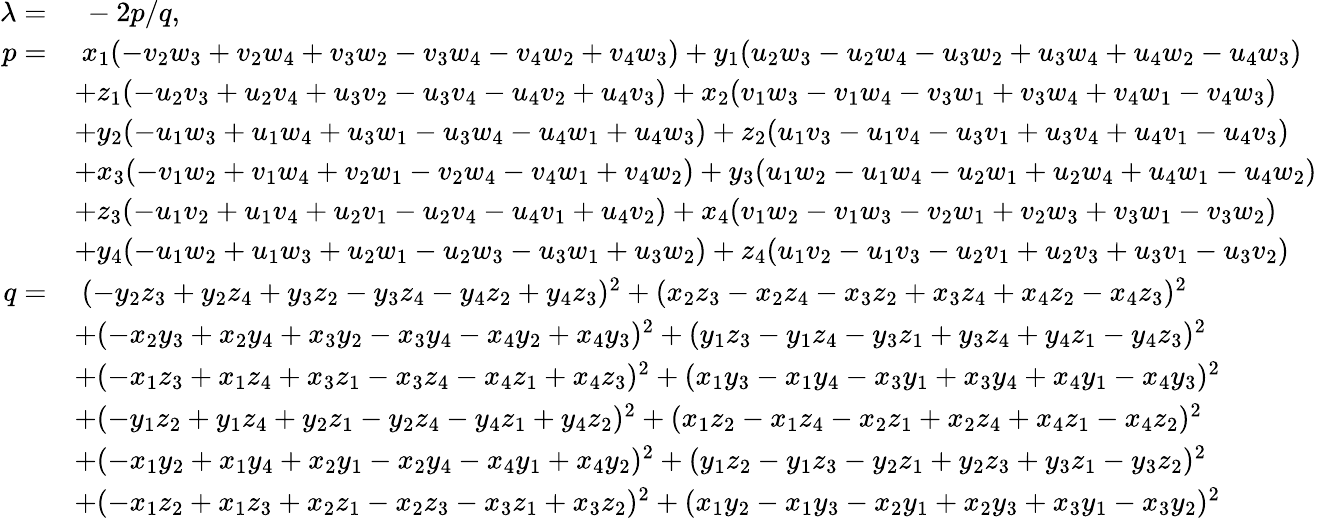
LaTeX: \begin{array}{rl}{\lambda=}&{\ -2p/q,}\\ {p=}&{\ x_{1}(-v_{2}w_{3}+v_{2}w_{4}+v_{3}w_{2}-v_{3}w_{4}-v_{4}w_{2}+v_{4}w_{3})+y_{1}(u_{2}w_{3}-u_{2}w_{4}-u_{3}w_{2}+u_{3}w_{4}+u_{4}w_{2}-u_{4}w_{3})}\\ &{+z_{1}(-u_{2}v_{3}+u_{2}v_{4}+u_{3}v_{2}-u_{3}v_{4}-u_{4}v_{2}+u_{4}v_{3})+x_{2}(v_{1}w_{3}-v_{1}w_{4}-v_{3}w_{1}+v_{3}w_{4}+v_{4}w_{1}-v_{4}w_{3})}\\ &{+y_{2}(-u_{1}w_{3}+u_{1}w_{4}+u_{3}w_{1}-u_{3}w_{4}-u_{4}w_{1}+u_{4}w_{3})+z_{2}(u_{1}v_{3}-u_{1}v_{4}-u_{3}v_{1}+u_{3}v_{4}+u_{4}v_{1}-u_{4}v_{3})}\\ &{+x_{3}(-v_{1}w_{2}+v_{1}w_{4}+v_{2}w_{1}-v_{2}w_{4}-v_{4}w_{1}+v_{4}w_{2})+y_{3}(u_{1}w_{2}-u_{1}w_{4}-u_{2}w_{1}+u_{2}w_{4}+u_{4}w_{1}-u_{4}w_{2})}\\ &{+z_{3}(-u_{1}v_{2}+u_{1}v_{4}+u_{2}v_{1}-u_{2}v_{4}-u_{4}v_{1}+u_{4}v_{2})+x_{4}(v_{1}w_{2}-v_{1}w_{3}-v_{2}w_{1}+v_{2}w_{3}+v_{3}w_{1}-v_{3}w_{2})}\\ &{+y_{4}(-u_{1}w_{2}+u_{1}w_{3}+u_{2}w_{1}-u_{2}w_{3}-u_{3}w_{1}+u_{3}w_{2})+z_{4}(u_{1}v_{2}-u_{1}v_{3}-u_{2}v_{1}+u_{2}v_{3}+u_{3}v_{1}-u_{3}v_{2})}\\ {q=}&{\ (-y_{2}z_{3}+y_{2}z_{4}+y_{3}z_{2}-y_{3}z_{4}-y_{4}z_{2}+y_{4}z_{3})^{2}+(x_{2}z_{3}-x_{2}z_{4}-x_{3}z_{2}+x_{3}z_{4}+x_{4}z_{2}-x_{4}z_{3})^{2}}\\ &{+(-x_{2}y_{3}+x_{2}y_{4}+x_{3}y_{2}-x_{3}y_{4}-x_{4}y_{2}+x_{4}y_{3})^{2}+(y_{1}z_{3}-y_{1}z_{4}-y_{3}z_{1}+y_{3}z_{4}+y_{4}z_{1}-y_{4}z_{3})^{2}}\\ &{+(-x_{1}z_{3}+x_{1}z_{4}+x_{3}z_{1}-x_{3}z_{4}-x_{4}z_{1}+x_{4}z_{3})^{2}+(x_{1}y_{3}-x_{1}y_{4}-x_{3}y_{1}+x_{3}y_{4}+x_{4}y_{1}-x_{4}y_{3})^{2}}\\ &{+(-y_{1}z_{2}+y_{1}z_{4}+y_{2}z_{1}-y_{2}z_{4}-y_{4}z_{1}+y_{4}z_{2})^{2}+(x_{1}z_{2}-x_{1}z_{4}-x_{2}z_{1}+x_{2}z_{4}+x_{4}z_{1}-x_{4}z_{2})^{2}}\\ &{+(-x_{1}y_{2}+x_{1}y_{4}+x_{2}y_{1}-x_{2}y_{4}-x_{4}y_{1}+x_{4}y_{2})^{2}+(y_{1}z_{2}-y_{1}z_{3}-y_{2}z_{1}+y_{2}z_{3}+y_{3}z_{1}-y_{3}z_{2})^{2}}\\ &{+(-x_{1}z_{2}+x_{1}z_{3}+x_{2}z_{1}-x_{2}z_{3}-x_{3}z_{1}+x_{3}z_{2})^{2}+(x_{1}y_{2}-x_{1}y_{3}-x_{2}y_{1}+x_{2}y_{3}+x_{3}y_{1}-x_{3}y_{2})^{2}}\end{array}